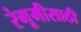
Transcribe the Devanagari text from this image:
रंगूमीसाठी